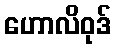
ဟောလိဝုဒ်